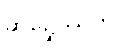
ဆဍ္ဍေဿတိ